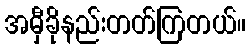
အမှီခိုနည်းတတ်ကြတယ်။